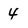
Character: 4